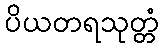
ပိယတရသုတ္တံ